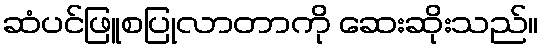
ဆံပင်ဖြူစပြုလာတာကို ဆေးဆိုးသည်။